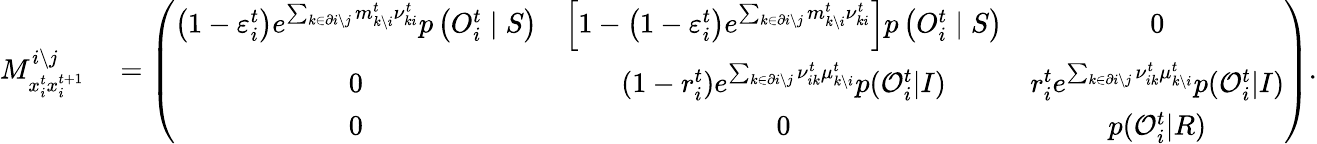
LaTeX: \begin{array}{rl}{M_{x_{i}^{t}x_{i}^{t+1}}^{i\setminus j}}&{{}=\left(\begin{array}{ccc}{\left(1-\varepsilon_{i}^{t}\right)e^{\sum_{k\in\partial i\setminus j}m_{k\setminus i}^{t}{\nu}_{ki}^{t}}p\left(O_{i}^{t}\mid S\right)}&{\left[1-\left(1-\varepsilon_{i}^{t}\right)e^{\sum_{k\in\partial i\setminus j}m_{k\setminus i}^{t}{\nu}_{ki}^{t}}\right]p\left(O_{i}^{t}\mid S\right)}&{0}\\ {0}&{(1-r_{i}^{t})e^{\sum_{k\in\partial i\setminus j}\nu_{ik}^{t}\mu_{k\setminus i}^{t}}p(\mathcal{O}_{i}^{t}|I)}&{r_{i}^{t}e^{\sum_{k\in\partial i\setminus j}\nu_{ik}^{t}\mu_{k\setminus i}^{t}}p(\mathcal{O}_{i}^{t}|I)}\\ {0}&{0}&{p(\mathcal{O}_{i}^{t}|R)}\end{array}\right).}\end{array}